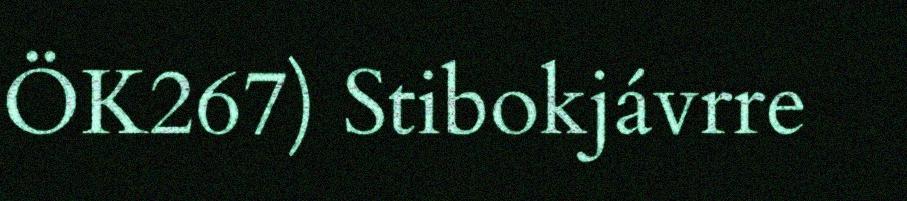
ÖK267) Stibokjávrre